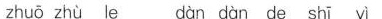
zhuō zhù le dàn dàn de shī yì